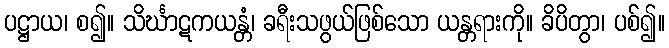
ပဋ္ဌာယ၊ စ၍။ သိင်္ဃာဋကယန္တံ၊ ခရီးသဖွယ်ဖြစ်သော ယန္တရားကို။ ခိပိတွာ၊ ပစ်၍။